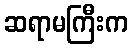
ဆရာမကြီးက